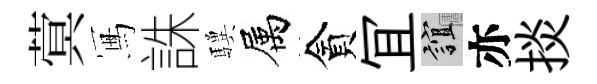
蓂冩誅驥属貪冝誼亦掞